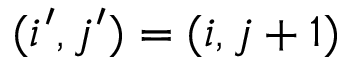
( i ^ { \prime } , j ^ { \prime } ) = ( i , j + 1 )